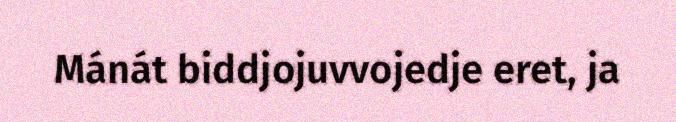
Mánát biddjojuvvojedje eret, ja